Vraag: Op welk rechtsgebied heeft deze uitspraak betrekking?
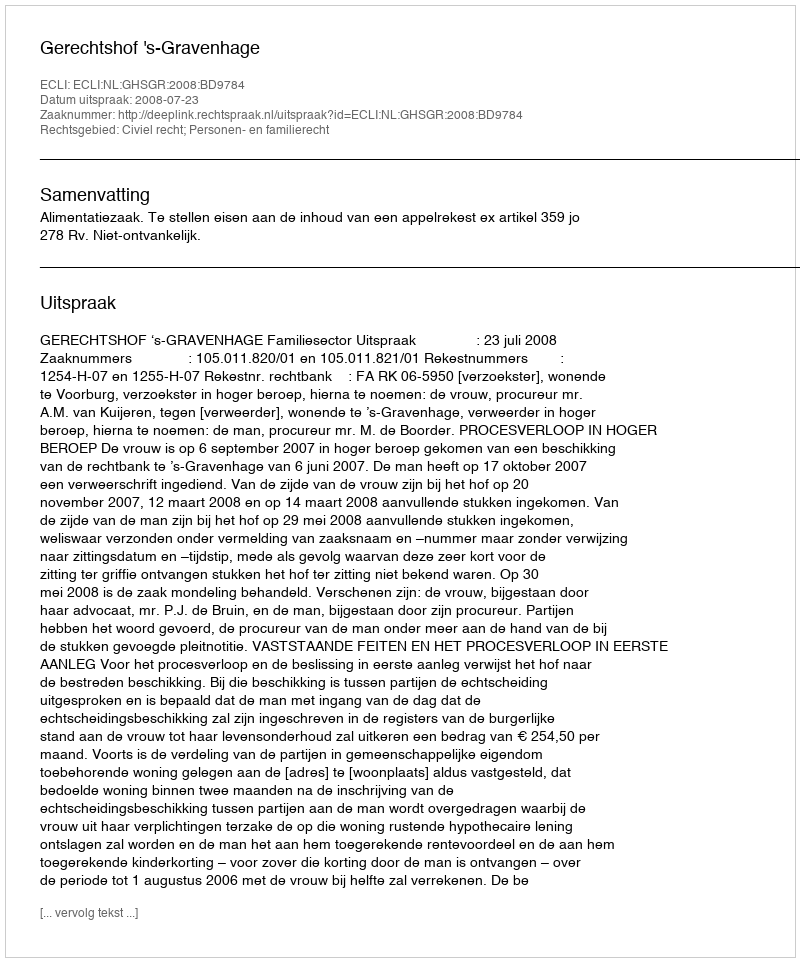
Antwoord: Civiel recht; Personen- en familierecht